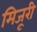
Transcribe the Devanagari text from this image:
मिजूरी